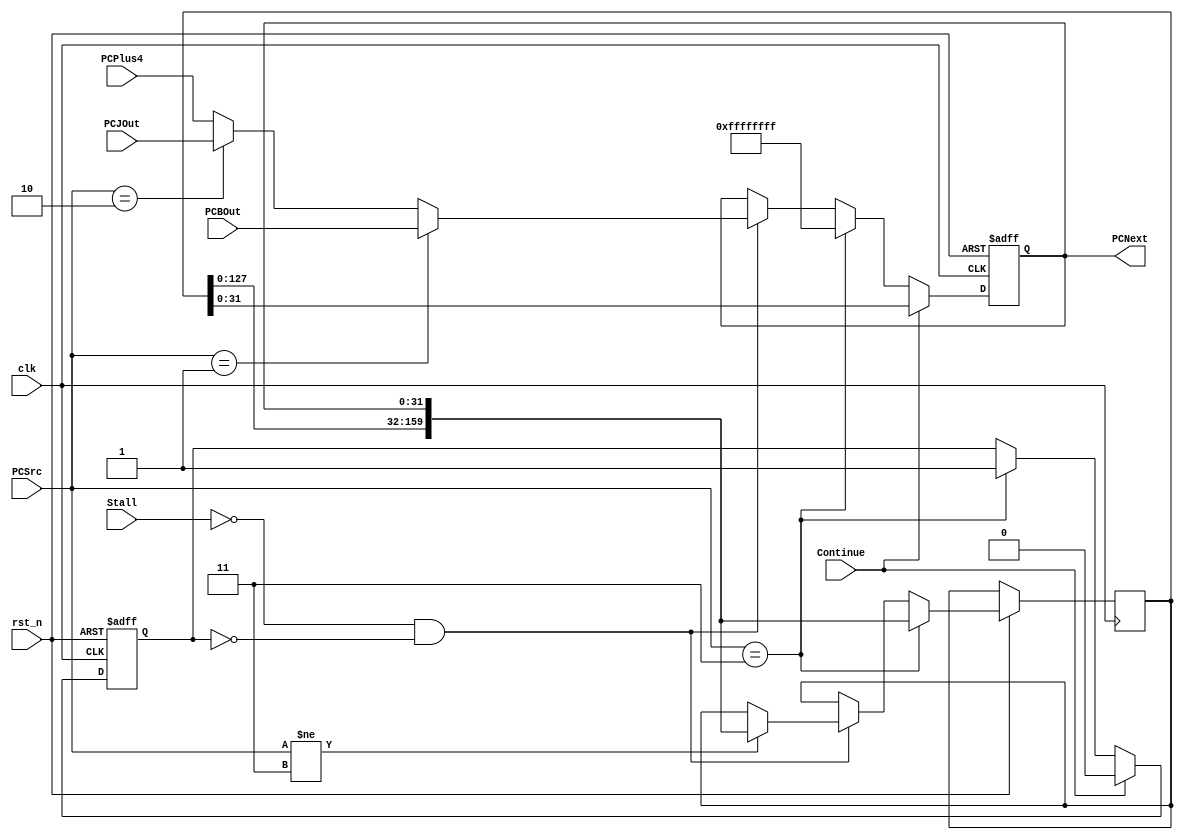
`timescale 1ns / 1ps

module PC(
    input clk,
    input rst_n,
    input Stall,
    input Continue,
    input [1:0] PCSrc,
    input [31:0] PCPlus4,
    input [31:0] PCJOut,
    input [31:0] PCBOut,
    output reg [31:0] PCNext
);

reg [159:0] PCH;
reg StallSt;

always@(posedge clk or negedge rst_n) begin
    if(~rst_n) begin
		StallSt <= 0;
        PCNext <= 0;
	end
    else begin
		if(~Stall && ~StallSt) begin
			if(PCSrc == 2'b01)
				PCNext <= PCBOut;
			else if(PCSrc == 2'b10)
				PCNext <= PCJOut;
			else if(PCSrc == 2'b11)         // break
				PCNext <= 32'hffffffff;
			else
				PCNext <= PCPlus4;
			if(PCSrc != 2'b11)
				PCH <= {PCH[127:0], PCNext};
		end
		if(PCSrc == 2'b11) begin
			PCNext <= 32'hffffffff;
			PCH <= {PCH[127:0], PCNext};
			StallSt <= 1;
		end
		if(Continue) begin
			PCNext <= PCH[31:0];
			StallSt <= 0;
		end
	end
end

endmodule